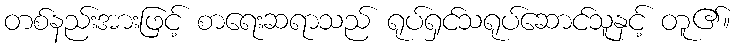
တစ်နည်းအားဖြင့် စာရေးဆရာသည် ရုပ်ရှင်သရုပ်ဆောင်သူနှင့် တူ၏။